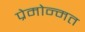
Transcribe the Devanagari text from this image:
प्रेमोन्मत